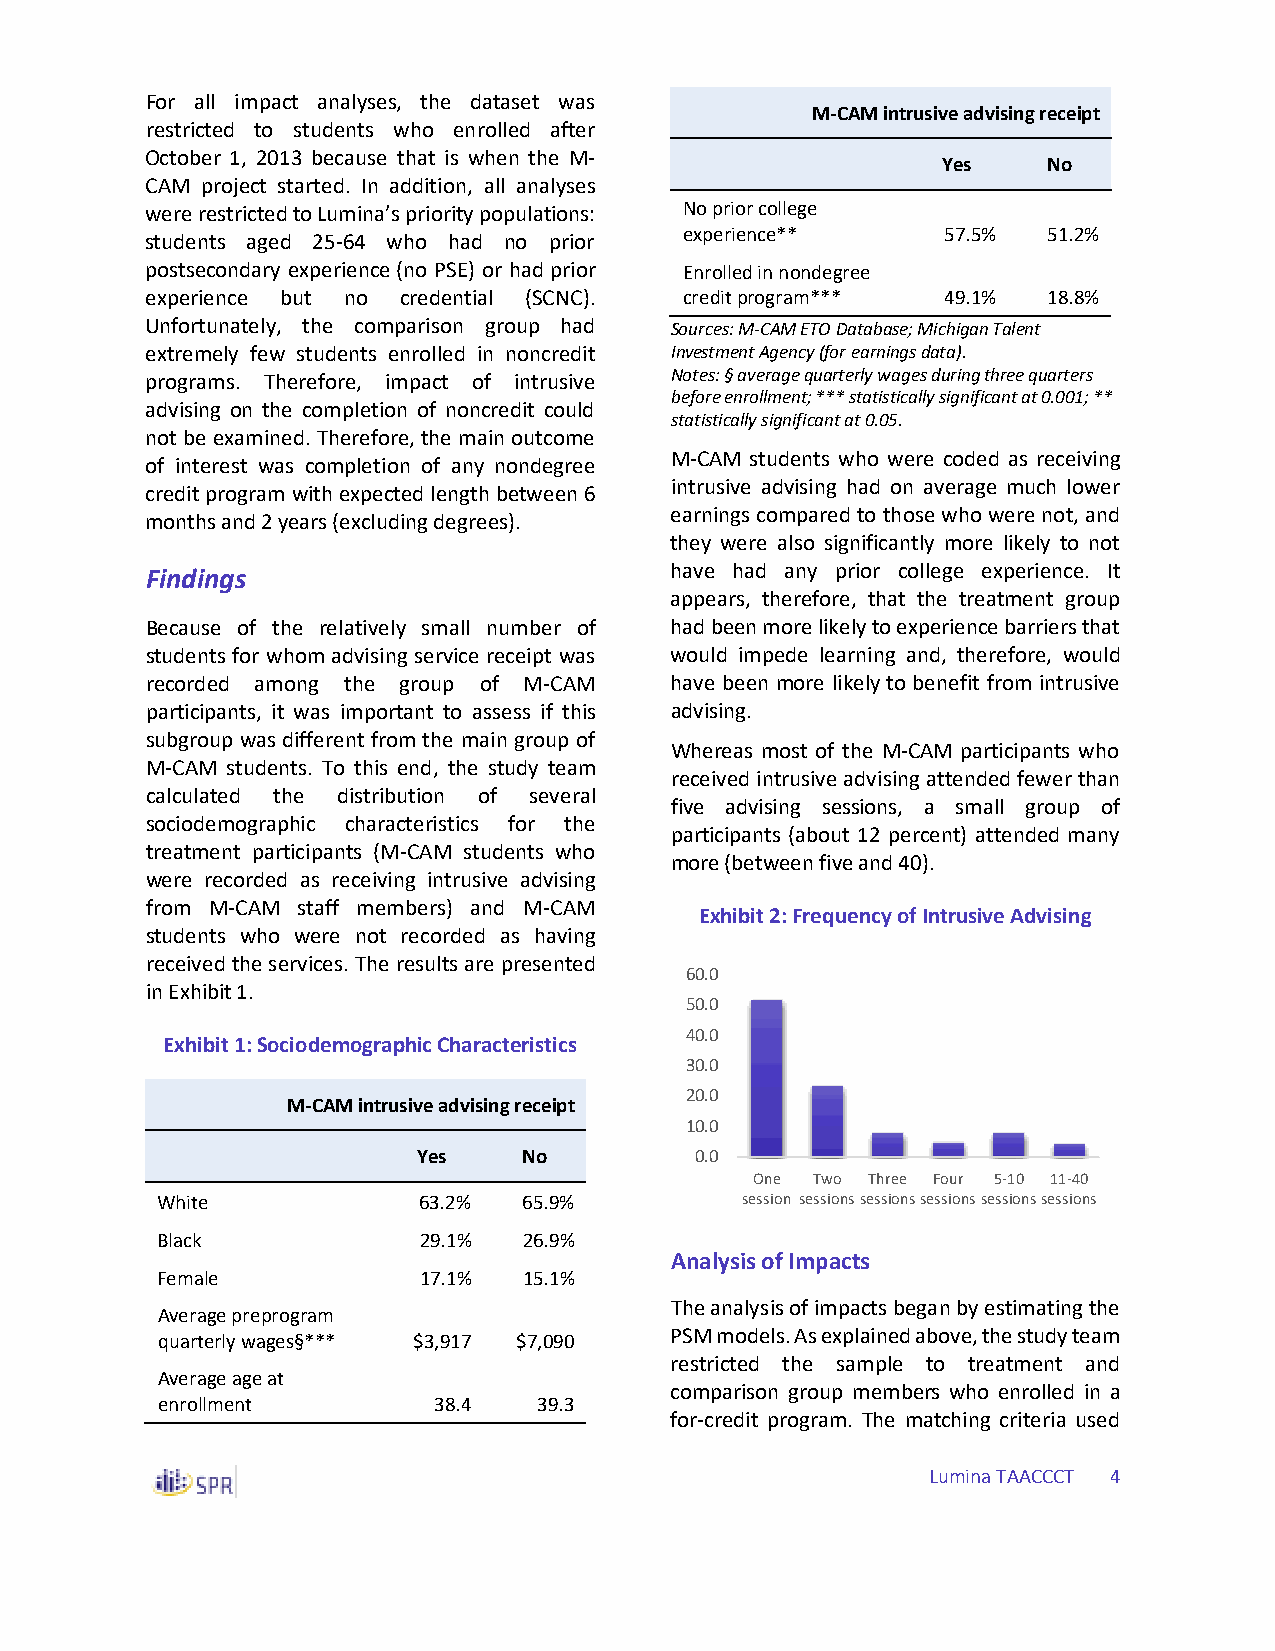
For all impact analyses, the dataset was
 M-CAM intrusive advising receipt
 restricted to students who enrolled after
 October 1, 2013 because that is when the M-
 Yes    No
 CAM project started. In addition, all analyses
 were restricted to Lumina’s priority populations: No prior college
 experience**      57.5% 51.2%
 students aged 25-64 who had no prior
 postsecondary experience (no PSE) or had prior Enrolled in nondegree
 experience but no credential (SCNC). credit program*** 49.1% 18.8%
 Unfortunately, the comparison group had Sources: M-CAM ETO Database; Michigan Talent
 extremely few students enrolled in noncredit Investment Agency (for earnings data).
 programs. Therefore, impact of intrusive Notes: § average quarterly wages during three quarters
 before enrollment; *** statistically significant at 0.001; **
 advising on the completion of noncredit could
 statistically significant at 0.05.
 not be examined. Therefore, the main outcome
 M-CAM students who were coded as receiving
 of interest was completion of any nondegree
 intrusive advising had on average much lower
 credit program with expected length between 6
 earnings compared to those who were not, and
 months and 2 years (excluding degrees).
 they were also significantly more likely to not
 Findings                          have had any prior college experience. It
 appears, therefore, that the treatment group
 Because of the relatively small number of had been more likely to experience barriers that
 students for whom advising service receipt was would impede learning and, therefore, would
 recorded among the group of M-CAM have been more likely to benefit from intrusive
 participants, it was important to assess if this advising.
 subgroup was different from the main group of
 Whereas most of the M-CAM participants who
 M-CAM students. To this end, the study team
 received intrusive advising attended fewer than
 calculated the distribution of several
 five advising sessions, a small group of
 sociodemographic characteristics for the
 participants (about 12 percent) attended many
 treatment participants (M-CAM students who
 more (between five and 40).
 were recorded as receiving intrusive advising
 from M-CAM staff members) and M-CAM
 Exhibit 2: Frequency of Intrusive Advising
 students who were not recorded as having
 received the services. The results are presented
 60.0
 in Exhibit 1.
 50.0
 40.0
 Exhibit 1: Sociodemographic Characteristics
 30.0
 20.0
 M-CAM intrusive advising receipt
 10.0
 Yes    No         0.0
 One Two Three Four 5-10 11-40
 White             63.2%  65.9%         session sessionssessionssessionssessionssessions
 Black             29.1%  26.9%
 Analysis of Impacts
 Female            17.1%  15.1%
 The analysis of impacts began by estimating the
 Average preprogram
 PSM models. As explained above, the study team
 quarterly wages§*** $3,917 $7,090
 restricted the sample to treatment and
 Average age at
 comparison group members who enrolled in a
 enrollment         38.4   39.3
 for-credit program. The matching criteria used
 Lumina TAACCCT 4